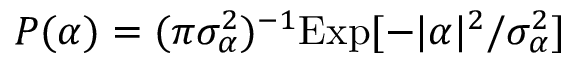
P ( \alpha ) = ( \pi \sigma _ { \alpha } ^ { 2 } ) ^ { - 1 } \mathrm { E x p } [ - | \alpha | ^ { 2 } / \sigma _ { \alpha } ^ { 2 } ]